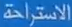
الاسترخة